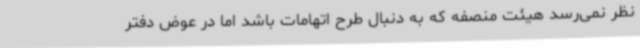
نظر نمی‌رسد هیئت منصفه که به دنبال طرح اتهامات باشد اما در عوض دفتر